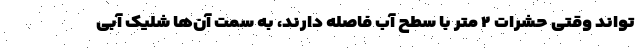
‌تواند وقتی حشرات ۲ متر با سطح آب فاصله دارند، به سمت آن‌ها شلیک آبی